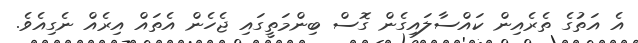
އެ އަތުގެ ތެރެއިން ކައްސާލައިގެން ގޮސް ބިންމަތީގައި ޖެހެން އެތައް އިރެއް ނެގިއެވެ.